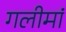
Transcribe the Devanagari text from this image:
गलीमां